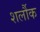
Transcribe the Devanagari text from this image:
शर्लौक